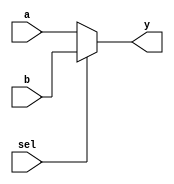
module mux2_32bits (
    a,
    b,
    sel,
    y
);
    input[31:0] a, b;
    input sel;
    output [31:0] y;
    
    assign y = sel ? b : a;
    
endmodule